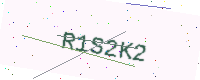
Text: R1S2K2